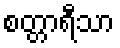
စတ္တာရီသာ